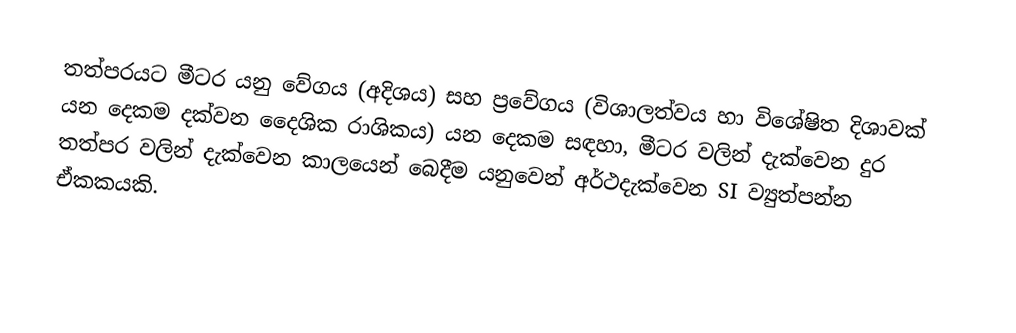
තත්පරයට මීටර යනු වේගය (අදිශය) සහ ප්‍රවේගය (විශාලත්වය හා විශේෂිත දිශාවක් යන දෙකම දක්වන දෛශික රාශිකය) යන දෙකම සඳහා, මීටර වලින් දැක්වෙන දුර  තත්පර වලින් දැක්වෙන  කාලයෙන් බෙදීම යනුවෙන්  අර්ථදැක්වෙන  SI ව්‍යුත්පන්න ඒකකයකි.